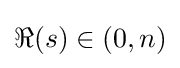
\Re (s)\in (0,n)